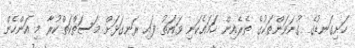
ހަށިގަނޑުގެ ގުނަވަންތަކުގެ ތެރެއިން ހަަމައެކަނި ވައަތު ފައި ރަނގަޅަށް މަސަތްކަތްކުރާ މި އަންހެން